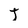
Character: J